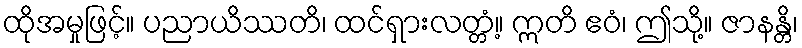
ထိုအမှုဖြင့်။ ပညာယိဿတိ၊ ထင်ရှားလတ္တံ့။ ဣတိ ဧဝံ၊ ဤသို့။ ဇာနန္တိ၊